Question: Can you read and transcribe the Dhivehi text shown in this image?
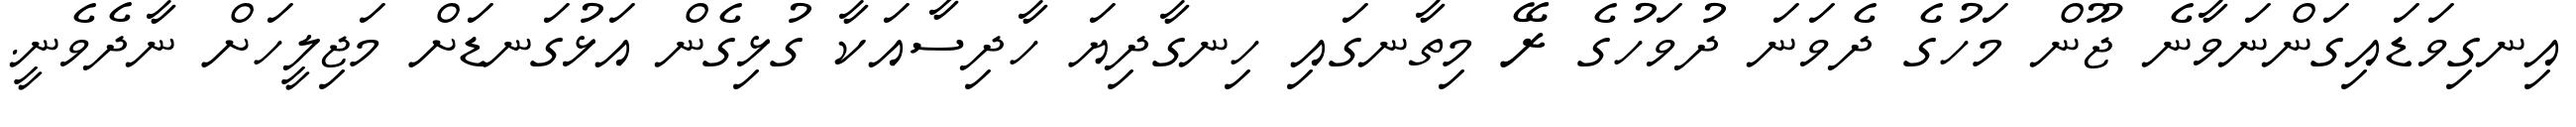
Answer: އިނގިވަޑައިގަންނަވާނެ ޖޫން މަހުގެ ދެވަނަ ދުވަހުގެ ރޭ މިތާނގައި ހިނގާދިޔަ ހާދިސާއަކާ ގުޅިގެން އަޅުގަނޑަށް މަޖިލީހަށް ނާދެވެނީ.